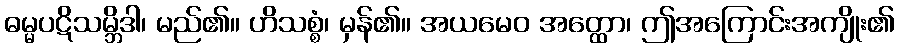
ဓမ္မပဋိသမ္ဘိဒါ၊ မည်၏။ ဟိသစ္စံ၊ မှန်၏။ အယမေဝ အတ္ထော၊ ဤအကြောင်းအကျိုး၏